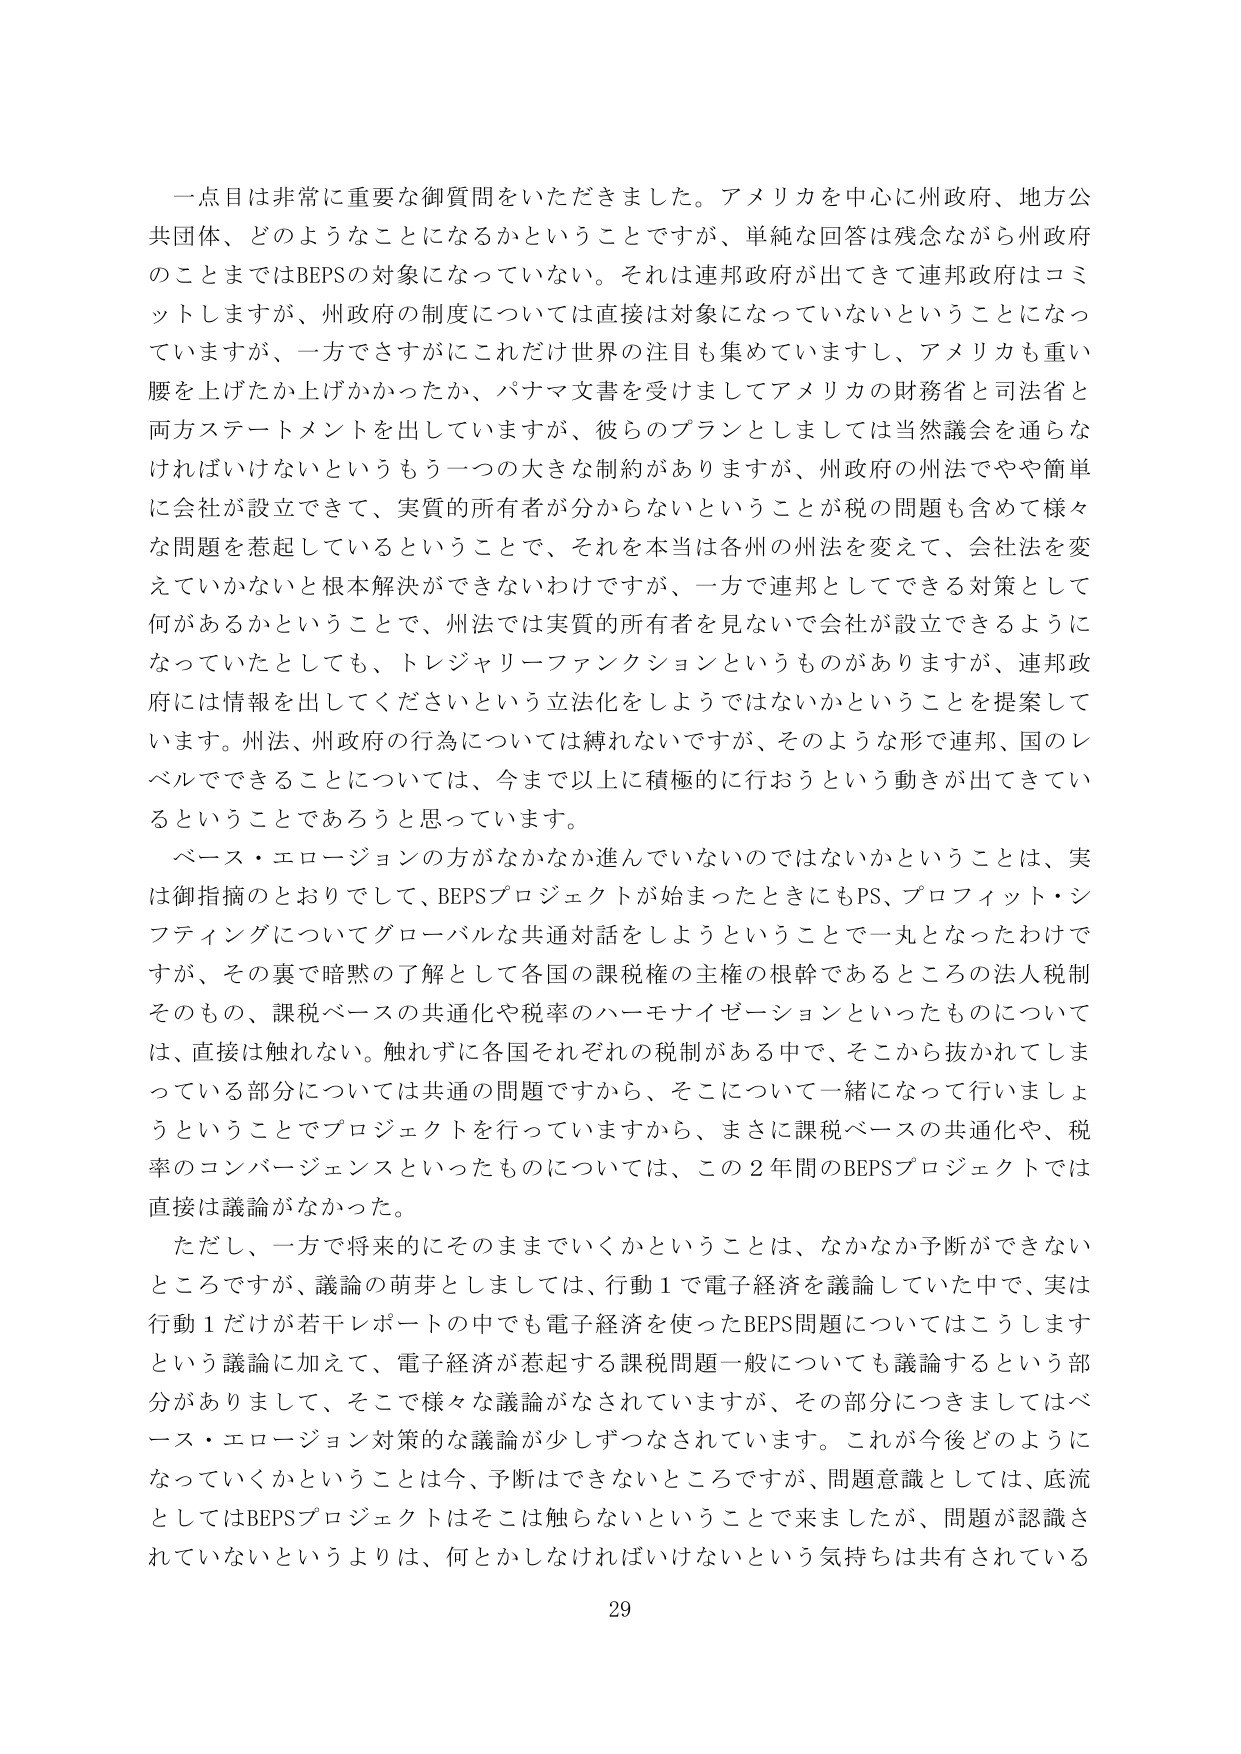
一点目は非常に重要な御質問をいただきました。アメリカを中心に州政府、地方公共団体、どのようなことになるかということですが、単純な回答は残念ながら州政府のことまではBEPSの対象になっていない。それは連邦政府が出てきて連邦政府はコミットしますが、州政府の制度については直接は対象になっていないということになっていますが、一方でさすがにこれだけ世界の注目も集めていますし、アメリカも重い腰を上げたか上げかかったか、パナマ文書を受けましてアメリカの財務省と司法省と両方ステートメントを出していますが、彼らのプランとしましては当然議会を通らなければいけないというもう一つの大きな制約がありますが、州政府の州法でやや簡単に会社が設立できて、実質的所有者が分からないということが税の問題も含めて様々な問題を惹起しているということで、それを本当は各州の州法を変えて、会社法を変えていかないと根本解決ができないわけですが、一方で連邦としてできる対策として何があるかということで、州法では実質的所有者を見ないで会社が設立できるようになっていたとしても、トレジャリーファンクションというものがありますが、連邦政府には情報を出してくださいという立法化をしようではないかということを提案しています。州法、州政府の行為については縛れないですが、そのような形で連邦、国のレベルでできることについては、今まで以上に積極的に行おうという動きが出てきているということであろうと思っています。

ベース・エロージョンの方がなかなか進んでいないのではないかということは、実は御指摘のとおりでして、BEPSプロジェクトが始まったときにもPS、プロフィット・シフティングについてグローバルな共通対話をしようということで一丸となったわけですが、その裏で暗黙の了解として各国の課税権の主権の根幹であるところの法人税制そのもの、課税ベースの共通化や税率のハーモナイゼーションといったものについては、直接は触れない。触れずに各国それぞれの税制がある中で、そこから抜かれてしまっている部分については共通の問題ですから、そこについて一緒になって行いましょうということでプロジェクトを行っていますから、まさに課税ベースの共通化や、税率のコンバージェンスといったものについては、この2年間のBEPSプロジェクトでは直接は議論がなかった。

ただし、一方で将来的にそのまましていくかということは、なかなか予断ができないところですが、議論の萌芽としましては、行動1で電子経済を議論していた中で、実は行動1だけが若干レポートの中でも電子経済を使ったBEPS問題についてはこうしますという議論に加えて、電子経済が惹起する課税問題一般についても議論するという部分がありまして、そこで様々な議論がなされていますが、その部分につきましてはベース・エロージョン対策的な議論が少しずつなされています。これが今後どのようになっていくかということは今、予断はできないところですが、問題意識としては、底流としてはBEPSプロジェクトはそこは触らないということで来ましたが、問題が認識されていないというよりは、何とかしなければいけないという気持ちは共有されている

29